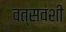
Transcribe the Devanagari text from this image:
वत्सवंशी